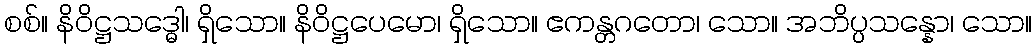
စစ်။ နိဝိဋ္ဌသဒ္ဓေါ၊ ရှိသော။ နိဝိဋ္ဌပေမော၊ ရှိသော။ ဧကန္တဂတော၊ သော။ အဘိပ္ပသန္နော၊ သော။